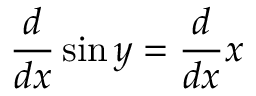
{ \frac { d } { d x } } \sin y = { \frac { d } { d x } } x